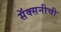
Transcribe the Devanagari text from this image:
सॅक्सनीची